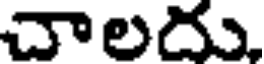
చాలదు,